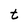
Character: t